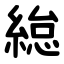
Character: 緿